Vaccination North-Western Provinces and Oudh 1878-1895 - 1878-1895
Year: 1878
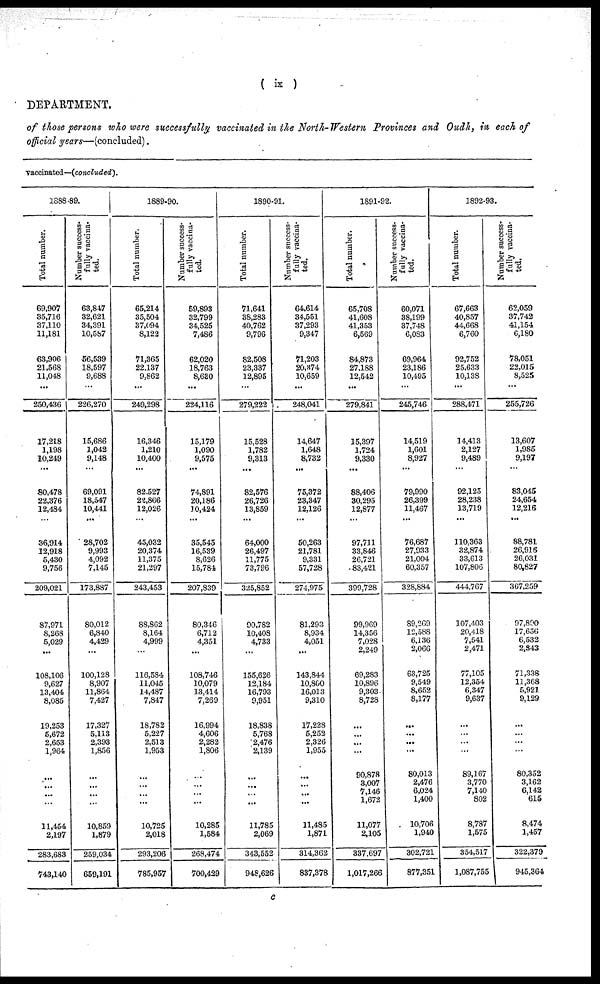
( ix )
DEPARTMENT.
of those persons who were successfully vaccinated in the North-Western Provinces and Oudh, in each of
official years—(concluded).
vaccinatcd-(concluded).
1888-89.
Total number.
69,907
35,716
37,110
11,181
63,906
21,568
11,048
250,436
17,218
1,198
10,249
80,478
22,376
12,484
...
36,914
12,918
5,430
9,756
209,021
87,971
8,268
5,029
...
108,106
9,627
13,404
8,085
19,253
5,672
2,653
1,964
...
...
...
...
11,454
2,197
283,683
743,140
Number success-
fully vaccina-
ted.
63,847
32,621
34,391
10,587
56,539
18,597
9,688
226,270
15,686
1,042
9,148
69,091
18,547
10,441
...
28,702
9,993
4,092
7,145
173,887
80,012
6,840
4,429
...
100,128
8,907
11,864
7,427
17,327
5,113
2,393
1,856
...
...
...
...
10,859
1,879
259,034
659,191
1889-90.
Total number.
65,214
35,504
37,094
8,122
71,365
22,137
9,862
249,298
16,346
1,210
10,400
82,527
22,866
12,026
...
45,032
20,374
11,375
21,297
243,453
88,862
8,164
4,999
...
116,584
11,045
14,487
7,847
18,782
5,227
2,513
1,953
...
...
...
...
10,725
2,018
293,206
785,957
Number success-
fully vaccina-
ted.
59,893
32,799
34,525
7,486
62,020
18,763
8,630
224,116
15,179
1,090
9,575
74,891
20,186
10,424
...
35,545
16,539
8,626
15,784
207,839
80,346
6,712
4,351
...
108,746
10,079
13,414
7,269
16,994
4,606
2,282
1,806
...
...
...
...
10,285
1,584
268,474
700,429
1890-91.
Total number.
71,641
38,283
40,762
9,796
82,508
23,337
12,895
279,222
15,528
1,782
9,313
82,576
26,726
13,859
...
64,000
26,497
11,775
73,796
325,852
90,782
10,408
4,733
...
155,626
12,184
16,793
9,951
18,838
5,768
2,476
2,139
...
...
...
...
11,785
2,069
343,552
948,626
Number success-
fully vaccina-
ted.
64,614
34,551
37,293
9,347
71,203
20,374
10,659
248,041
14,647
1,648
8,732
75,372
23,347
12,126
...
50,263
21,781
9,331
57,728
274,975
81,293
8,934
4,051
...
143,844
10,800
16,013
9,310
17,228
5,252
2,326
1,955
...
...
...
...
11,485
1,871
314,362
837,378
1891-92.
Total number.
65,708
41,608
41,353
6,569
84,873
27,188
12,542
279,841
15,397
1,724
9,330
88,406
30,295
12,877
...
97,711
33,846
26,721
83,421
399,728
99,969
14,356
7,028
2,249
69,283
10,896
9,303
8,728
...
...
...
...
90,878
3,007
7,146
1,672
11,077
2,105
337,697
1,017,266
Number success-
fully vaccina-
ted.
60,071
38,199
37,748
6,083
69,964
23,186
10,495
245,746
14,519
1,601
8,927
79,990
26,399
11,467
...
76,687
27,933
21,004
60,357
328,884
89,269
12,588
6,136
2,066
63,725
9,549
8,652
8,177
...
...
...
...
80,013
2,476
6,024
1,400
10,706
1,940
302,721
877,351
1892-93.
Total number.
67,663
40,857
44,668
6,760
92,752
25,633
10,138
288,471
14,413
2,127
9,489
92,125
28,238
13,719
...
110,363
32,874
33,613
107,806
444,767
107,403
20,418
7,541
2,471
77,105
12,354
6,347
9,637
...
...
...
...
89,167
3,770
7,140
802
8,787
1,575
354,517
1,087,755
Number success-
fully vaccina-
ted.
62,059
37,742
41,154
6,180
78,051
22,015
8,525
255,726
13,607
1,985
9,197
83,045
24,654
12,216
...
88,781
26,916
26,031
80,827
367,259
97,890
17,656
6,532
2,343
71,338
11,368
5,921
9,129
...
...
...
...
80,352
3,162
6,142
615
8,474
1,457
322,379
945,364